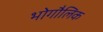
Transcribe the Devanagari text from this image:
भोगौलिक